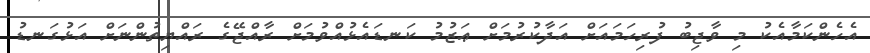
އެހެންކަމާއެކު މި ވާޖިބު ފުރިހަމައަށް އަދާކުރުމަށް ޢަޒުމު ކަނޑައެޅުއްވުމަށް ރާއްޖޭގެ ރައްޔިތުންނަށް އަޅުގަނޑު